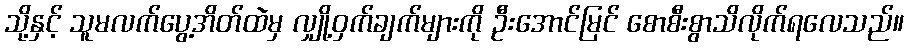
သို့နှင့် သူမလက်ပွေ့အိတ်ထဲမှ လျှို့ဝှက်ချက်များကို ဦးအောင်မြင် စောစီးစွာသိလိုက်ရလေသည်။